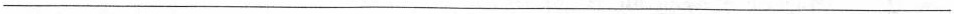
___